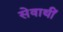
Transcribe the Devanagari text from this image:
सेवाथीं